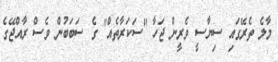
މާލެ ތެރޭގައި ސިޔާސީ ވެރީން ޖަހާ "ސަކަރާތެއް" ގެ ސަބަބުން ވެސް ރާއްޖޭގެ